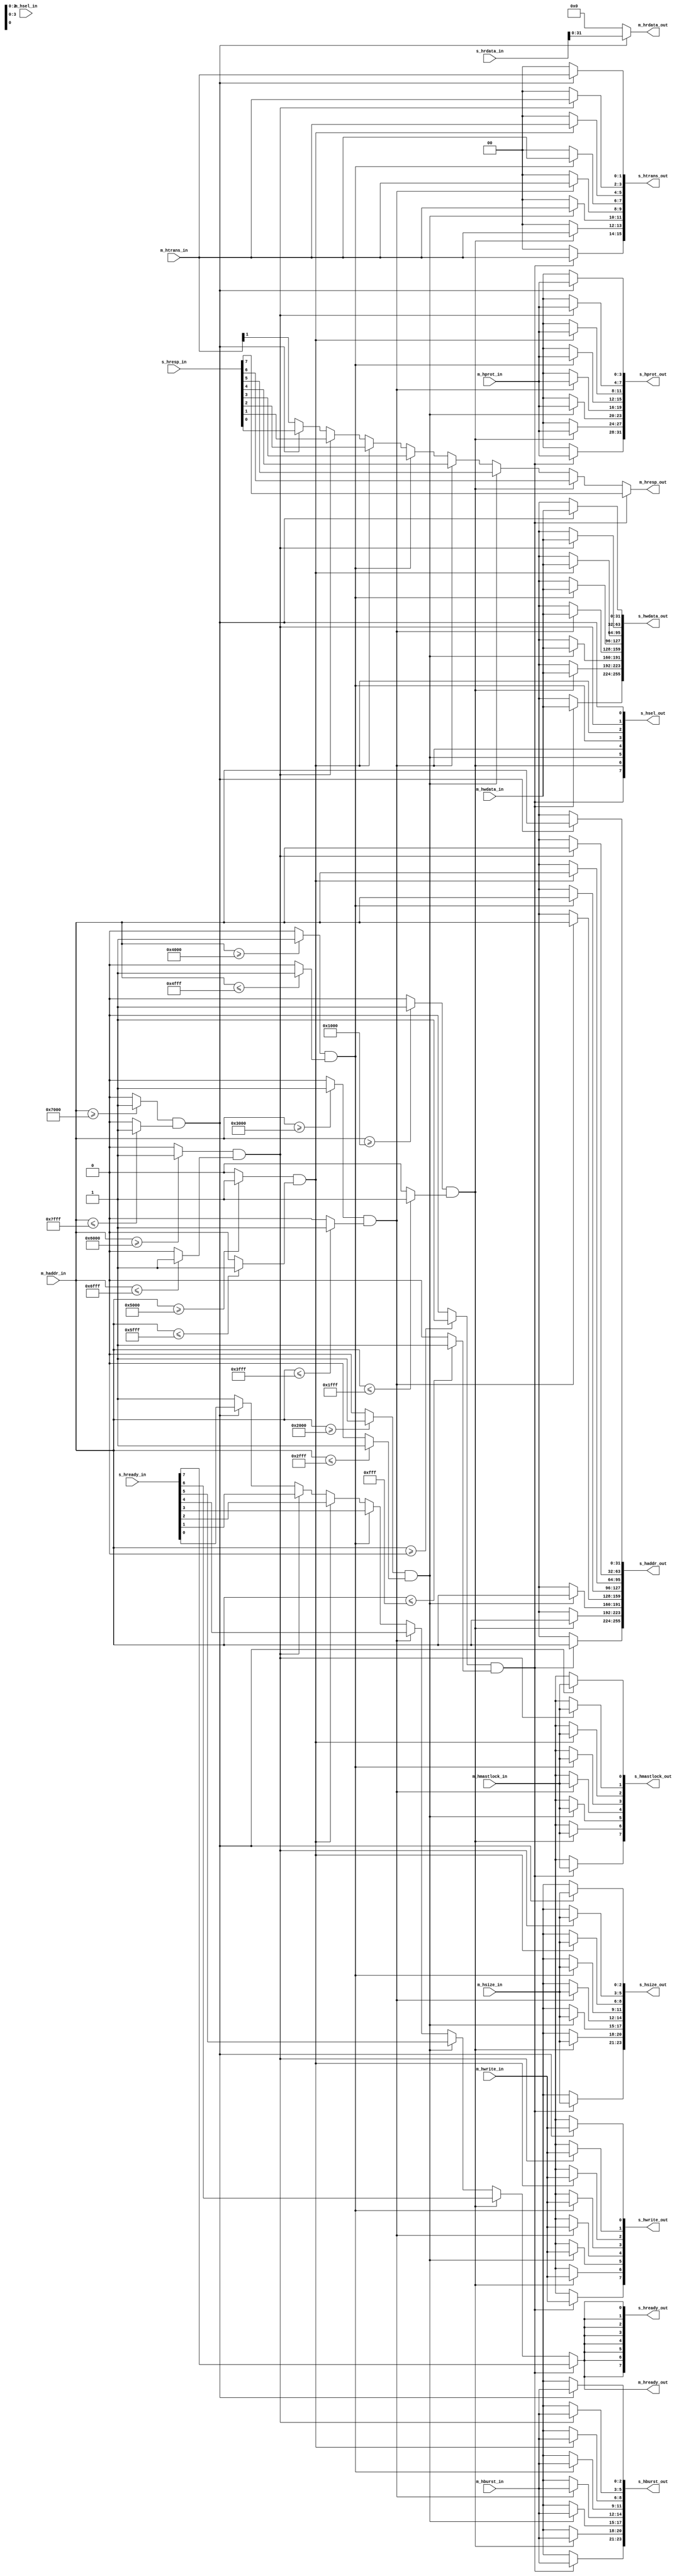
// ========================================================================//
// Modified By:    James Vogenthaler - jamesvogen@gmail.com                //
//                                                                         //
// Design Name:    AHB Bus Matrix                                          //
// Module Name:    AHB_Bus                                                 //
// Project Name:   --                                                      //
// Language:       Verilog (Originally System Verilog)                     //
//                                                                         //
// Description:    This component implements a an AHB matrix, encompassing //
//                 a decoder and multiplexor to facilitate bus traffic     //
//                 between a single master and multiple slaves according   //
//                 to the AMBA 3 AHB Lite Specification.                   //
//                                                                         //
// ========================================================================//

module AHB_Bus #(
    parameter NUM_SLAVES = 8,
    parameter DATA_WIDTH = 32,
    parameter ADDR_WIDTH = 32,
    parameter SLAVE_BASE_ADDR = { 32'h0000, 32'h1000, 32'h2000, 32'h3000, 32'h4000, 32'h5000, 32'h6000, 32'h7000 },
    parameter SLAVE_LAST_ADDR = { 32'h0FFF, 32'h1FFF, 32'h2FFF, 32'h3FFF, 32'h4FFF, 32'h5FFF, 32'h6FFF, 32'h7FFF },
    parameter SEL_BYPASS = 0
)(
    // SINGLE MASTER --> SELECTED SLAVE
    input wire [ADDR_WIDTH-1:0] m_haddr_in,
    input wire [DATA_WIDTH-1:0] m_hwdata_in,
    output reg [DATA_WIDTH-1:0] m_hrdata_out,

    input wire [1:0] m_htrans_in,
    input wire [2:0] m_hsize_in,
    input wire [2:0] m_hburst_in,
    input wire [3:0] m_hprot_in,
    input wire [$clog2(NUM_SLAVES)-(NUM_SLAVES>1 ? 1:0):0] m_hsel_in,
    input wire m_hwrite_in,
    input wire m_hmastlock_in,
    output reg m_hready_out,
    output reg m_hresp_out,

    // SLAVES --> DECODER
    output wire [NUM_SLAVES * ADDR_WIDTH - 1:0] s_haddr_out,
    output wire [NUM_SLAVES * ADDR_WIDTH - 1:0] s_hwdata_out,
    input wire  [NUM_SLAVES * ADDR_WIDTH - 1:0] s_hrdata_in,

    output wire [NUM_SLAVES * 2-1:0] s_htrans_out,
    output wire [NUM_SLAVES * 3-1:0] s_hsize_out,
    output wire [NUM_SLAVES * 3-1:0] s_hburst_out,
    output wire [NUM_SLAVES * 4-1:0] s_hprot_out,
    output wire [NUM_SLAVES-1:0] s_hsel_out,
    output wire [NUM_SLAVES-1:0] s_hwrite_out,
    output wire [NUM_SLAVES-1:0] s_hmastlock_out,
    input wire  [NUM_SLAVES-1:0] s_hresp_in,
    input wire  [NUM_SLAVES-1:0] s_hready_in,
    output wire [NUM_SLAVES-1:0] s_hready_out
);
//==========================================================
// START OF MODULE
//==========================================================
    genvar i;
    integer j;
    
    wire [NUM_SLAVES-1:0] bypass;
    wire [NUM_SLAVES-1:0] gte_min;
    wire [NUM_SLAVES-1:0] lte_max;

    // =====================================================
    // ROUTE MASTER --> SLAVE
    // =====================================================
    generate
        // Set select signal based on memory map
        // (Does not support overlapping ranges unless SEL_BYPASS = 1)
        for (i=0; i<NUM_SLAVES; i=i+1) begin : ahb_decoder
            assign bypass  [i] = (~SEL_BYPASS) ?  1  : (m_hsel_in == i) ? 1 : 0;
            assign gte_min[i] = (m_haddr_in >= SLAVE_BASE_ADDR[i*32+:32]) ? 1 : 0;
            assign lte_max[i] = (m_haddr_in <= SLAVE_LAST_ADDR[i*32+:32]) ? 1 : 0;
            assign s_hsel_out  [i] = bypass[i] & gte_min[i] & lte_max[i];
            assign s_hready_out[i] = m_hready_out;
        end

        // This is not a priority decoder. It is up to the RTL designer to
        // ensure there are no overlapping memory regions if SEL_BYPASS is not set
        for (i=0; i<NUM_SLAVES; i=i+1) begin : ahb_multiplexor
            assign s_haddr_out [32*i+:32] = (s_hsel_out[i]) ? m_haddr_in     : {ADDR_WIDTH{1'bx}};
            assign s_hwdata_out[32*i+:32] = (s_hsel_out[i]) ? m_hwdata_in    : {DATA_WIDTH{1'bx}};
            assign s_htrans_out[ 2*i+: 2] = (s_hsel_out[i]) ? m_htrans_in    : 2'b00; // Signal IDLE state
            assign s_hsize_out [ 3*i+: 3] = (s_hsel_out[i]) ? m_hsize_in     : 3'bxxx;
            assign s_hburst_out[ 3*i+: 3] = (s_hsel_out[i]) ? m_hburst_in    : 3'bxxx;
            assign s_hprot_out [ 4*i+: 4] = (s_hsel_out[i]) ? m_hprot_in     : 4'bxxxx;
            assign s_hwrite_out   [i] = (s_hsel_out[i]) ? m_hwrite_in    : 1'bx;
            assign s_hmastlock_out[i] = (s_hsel_out[i]) ? m_hmastlock_in : 1'bx;
        end
    endgenerate

    // =====================================================
    // ROUTE SLAVE --> MASTER
    // =====================================================
    always @(*) begin
        // If memory mapped to invalid region, response = ...
        //  - OKAY  for IDLE|BUSY
        //  - ERROR for SEQ|NONSEQ
        m_hresp_out  = m_htrans_in[1];
        m_hready_out = 1'b1;
        m_hrdata_out = {DATA_WIDTH{1'b0}};

        // Otherwise assign signal based on selected slave
        for (j=0; j<NUM_SLAVES; j=j+1) begin
            if (s_hsel_out[j]) begin
                m_hresp_out  = s_hresp_in [j];
                m_hready_out = s_hready_in[j];
            end
        end

        for (j=0; j<NUM_SLAVES*32; j=j+32)
            if (s_hsel_out[j])
                m_hrdata_out = s_hrdata_in[j+:32];
    end

endmodule